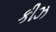
કીઝ